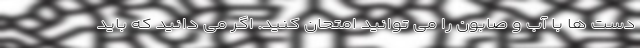
دست ها با آب و صابون را می توانید امتحان کنید. اگر می دانید که باید